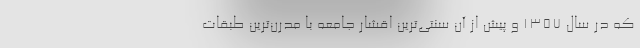
كه در سال 1357 و پيش از آن سنتي‌ترين اقشار جامعه با مدرن‌ترين طبقات